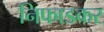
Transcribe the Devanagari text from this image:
निफाडकर